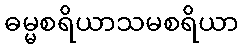
ဓမ္မစရိယာသမစရိယာ